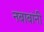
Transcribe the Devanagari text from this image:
नबाबांनी